Investigations into the jail dietaries of the United Provinces with some observations on the influence of dietary on the physical development and well-being of the people of the United Provinces - Number 48
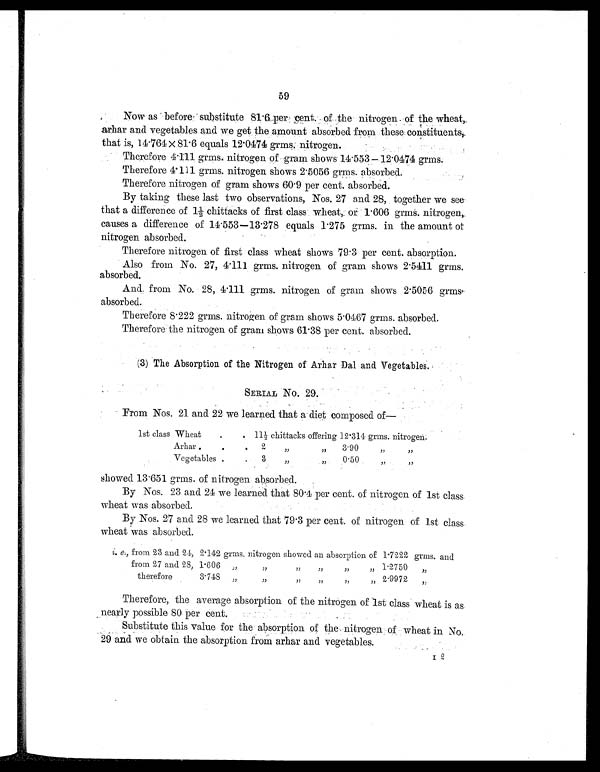
59
Now as before substitute 81.6 per cent. of the nitrogen of the wheat,
arhar and vegetables and we get the amount absorbed from these constituents,.
that is, 14.764 × 81.6 equals 12.0474 grms. nitrogen.
Therefore 4.111 grms. nitrogen of gram shows 14.553— 12.0474 grms.
Therefore 4.111 grms. nitrogen shows 2.5056 grms. absorbed.
Therefore nitrogen of gram shows 60.9 per cent. absorbed.
By taking these last two observations, Nos. 27 and 28, together we see
that a difference of 1½ chittacks of first class wheat, or 1.606 grms. nitrogen,
causes a difference of 14.553—13.278 equals 1.275 grms. in the amount of
nitrogen absorbed.
Therefore nitrogen of first class wheat shows 79.3 per cent. absorption.
Also from No. 27, 4.111 grms. nitrogen of gram shows 2.5411 grms.
absorbed.
And from No. 28, 4.111 grms. nitrogen of gram shows 2.5056 grms.
absorbed.
Therefore 8.222 grms. nitrogen of gram shows 5.0467 grms. absorbed.
Therefore the nitrogen of gram shows 61.38 per cent. absorbed.
(3) The Absorption of the Nitrogen of Arhar Dal and Vegetables.
SERIAL No. 29.
From Nos. 21 and 22 we learned that a diet composed of—
1st class Wheat
.
. 11½ chittacks offering 12.314 grms. nitrogen.
Arhar .
.
. 2 „ „ 3.90 „ „
Vegetables .
. 3 „ „ 0.50 „ „
showed 13.651 grms. of nitrogen absorbed.
By Nos. 23 and 24 we learned that 80.4 per cent. of nitrogen of 1st class
wheat was absorbed.
By Nos. 27 and 28 we learned that 79.3 per cent. of nitrogen of 1st class.
wheat was absorbed.
i.e., from 23 and 24, 2.142 grms. nitrogen showed an absorption of 1.7222 grms. and
from 27 and 28, 1.606 „ „ „ „ „ „ 1.2750 „
therefore 3.748 „ „ „ „ „ „ 2.9972 „
Therefore, the average absorption of the nitrogen of 1st class wheat is as
nearly possible 80 per cent.
Substitute this value for the absorption of the nitrogen of wheat in No.
29 and we obtain the absorption from arhar and vegetables.